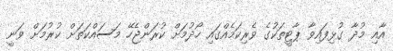
އާއި މުދާ ގުޅިފައިވާ ޕާޓީތަކުގެ ވެރިކަމެއްގައި ހޯދުމަށް ކުރަންޖެހޭ މަސައްކަތަށް ކުރުމަށް ވަނީ